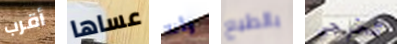
أقرب عساها وأنا بالطبع تخرجى